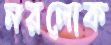
নরলোক